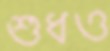
শুধও